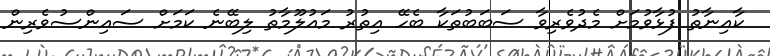
ކާއިނާތު ފުޅާވުމަށް މެދުވެރިވާ ސަބަބުތަކާ ބެހޭ އިތުރު މައުލޫމާތު ލިބޭނެ ކަމަށް ސައިންސުވެރިން